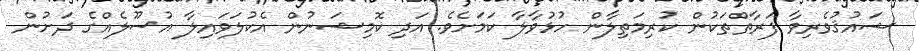
ޝައުޤުވެރިވާ ފަރާތްތަކުން ކުރިމަތިލާން ހުޅުވާލާ ކަމަށެވެ. އަދި ކޮމިޝަނުން އެކުލަވައިލާ އުސޫލެއްގެ ދަށުން